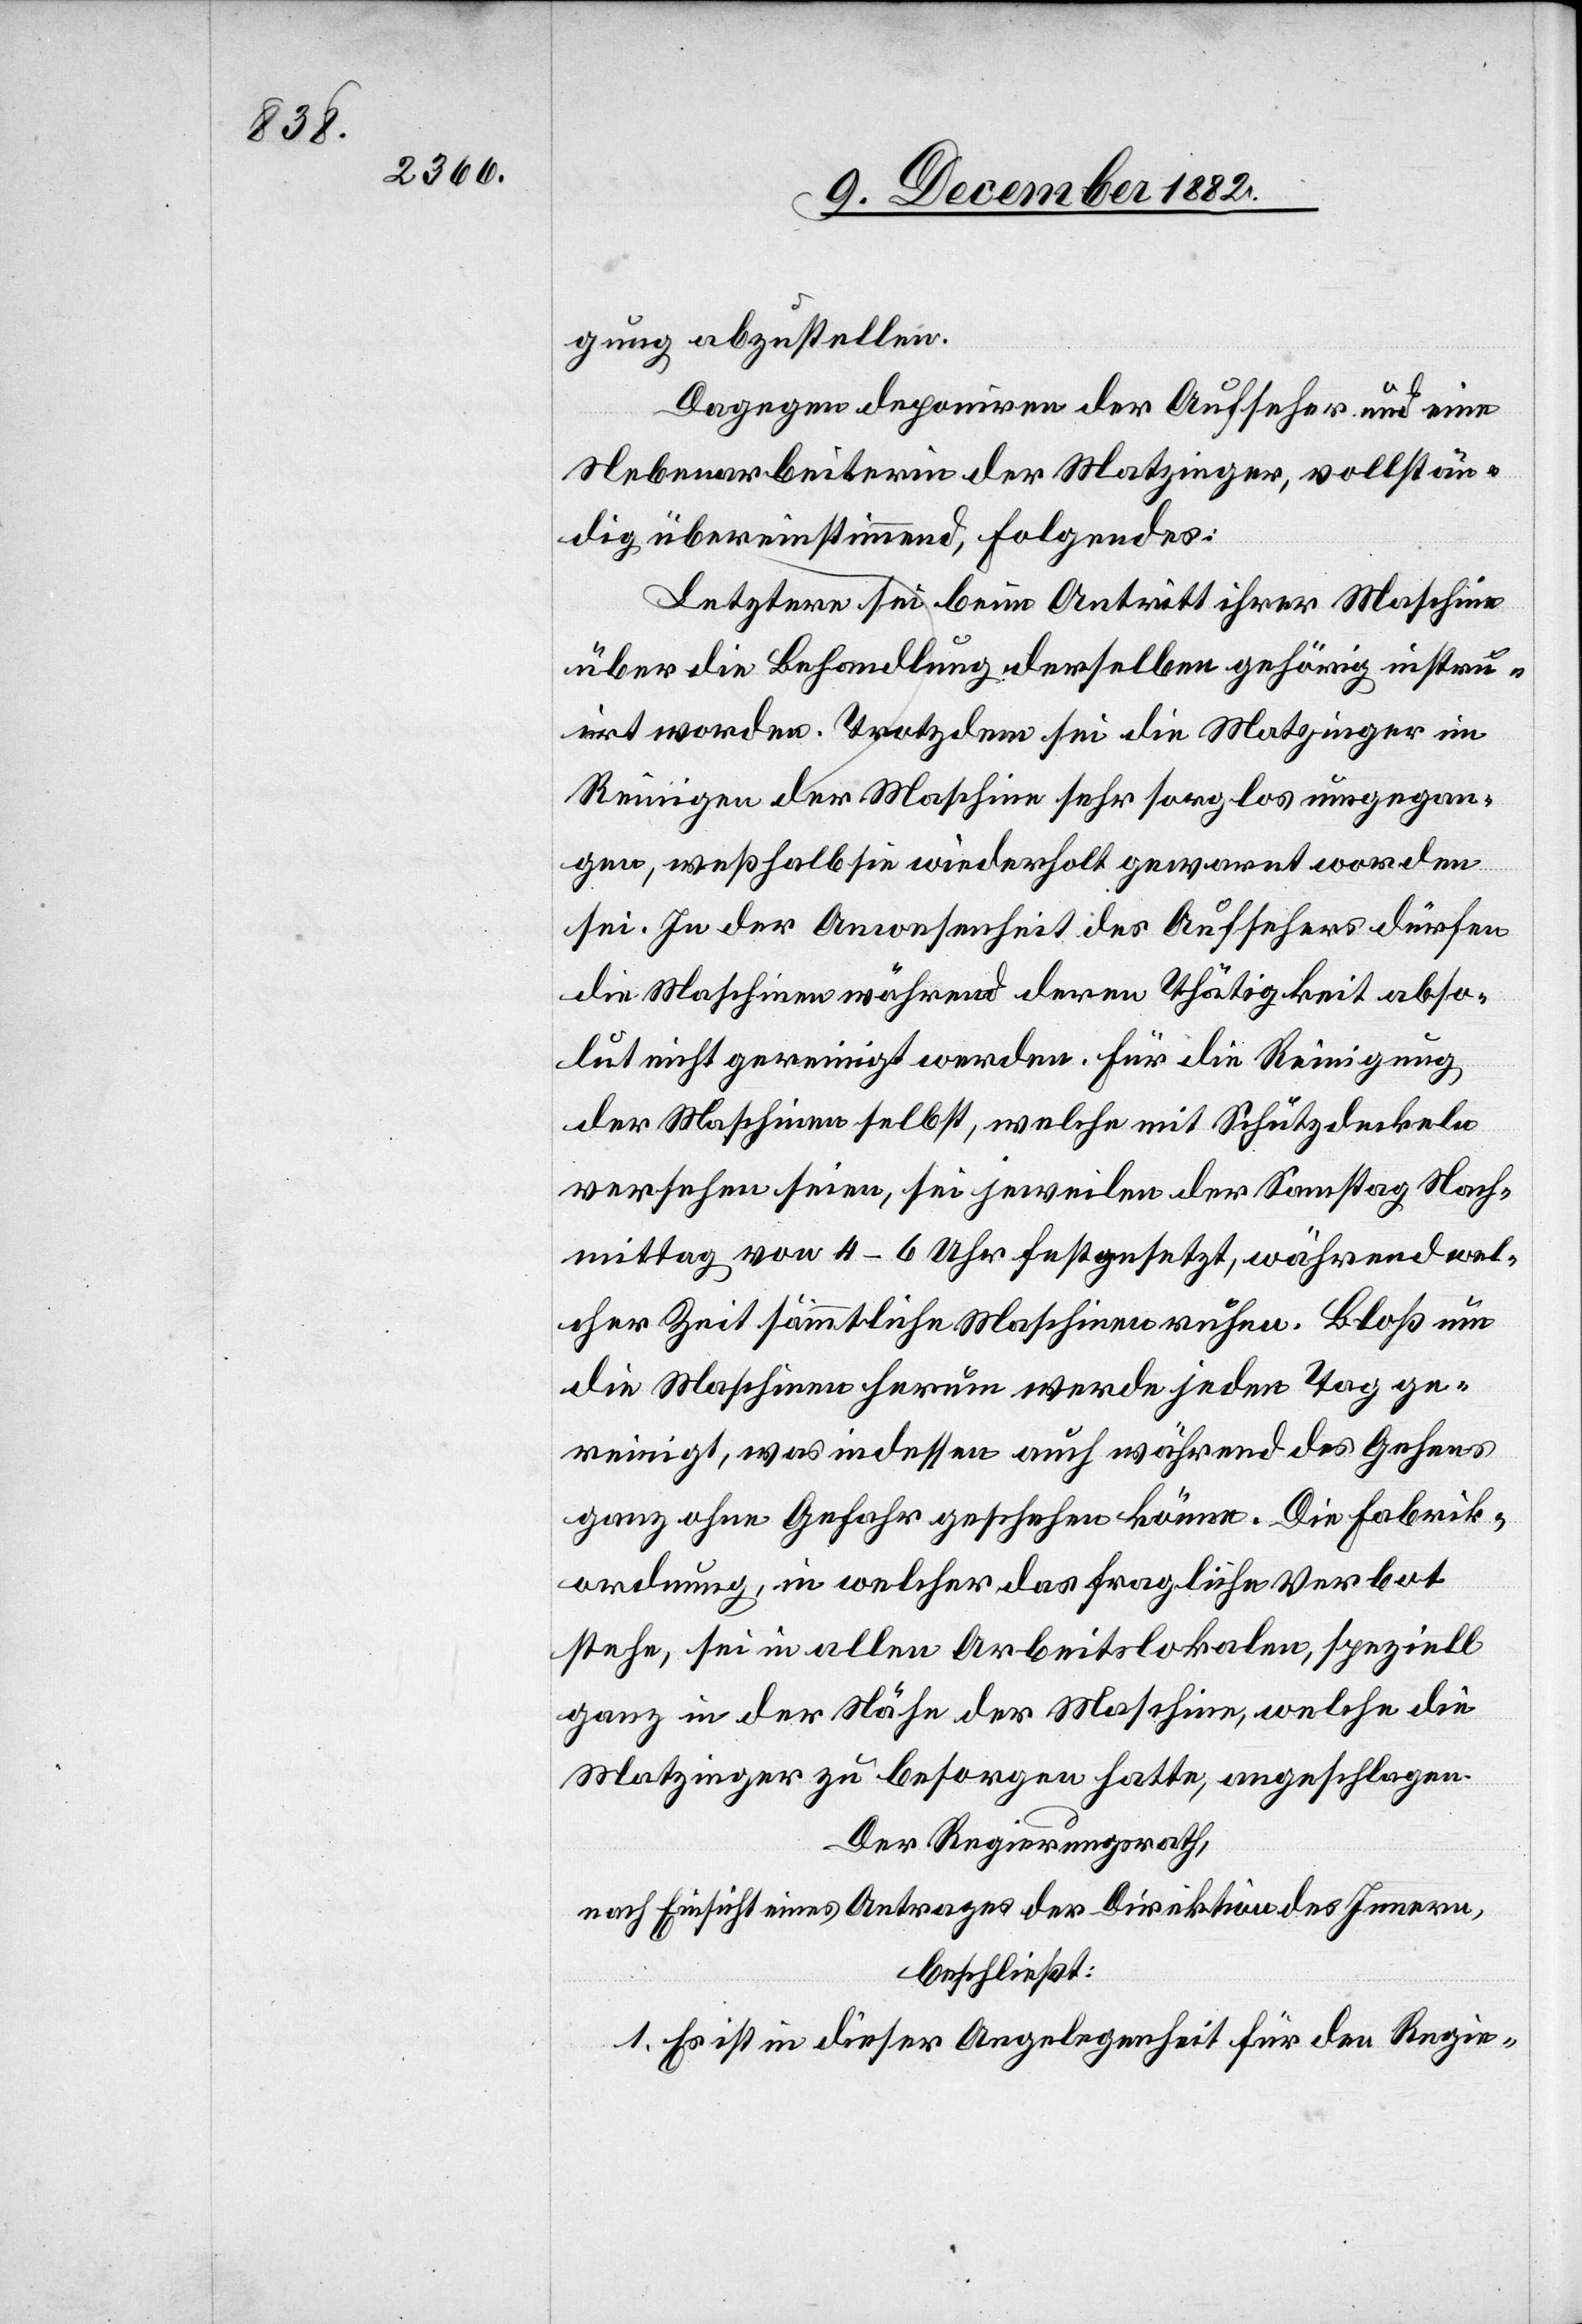
gung abzustellen.
Dagegen deponiren der Aufseher und eine
Nebenarbeiterin der Matzinger, vollstän¬
dig übereinstimmend, Folgendes:
Letztere sei beim Antritt ihrer Maschine
über die Behandlung derselben gehörig instru¬
irt worden. Trotzdem sei die Matzinger im
Reinigen der Maschine sehr sorglos umgegan¬
gen, weßhalb sie wiederholt gewarnt worden
sei. In der Anwesenheit des Aufsehers dürfen
die Maschinen während deren Thätigkeit abso¬
lut nicht gereinigt werden. Für die Reinigung
der Maschinen selbst, welche mit Schutzdeckeln
versehen seien, sei jeweilen der Samstag Nach¬
mittag von 4–6 Uhr festgesetzt, während wel¬
cher Zeit sämmtliche Maschinen ruhen. Bloß um
die Maschinen herum werde jeden Tag ge¬
reinigt, was indessen auch während des Gehens
ganz ohne Gefahr geschehen könne. Die Fabrik¬
ordnung, in welcher das fragliche Verbot
stehe, sei in allen Arbeitslokalen, speziell
ganz in der Nähe der Maschine, welche die
Matzinger zu besorgen hatte, angeschlagen.
Der Regierungsrath,
nach Einsicht eines Antrages der Direktion des Innern,
beschließt:
1. Es ist in dieser Angelegenheit für den Regie-